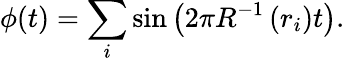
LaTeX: \phi(t)=\sum_{i}\sin\left(2\pi R^{-1}\left(r_{i}\right)t\right).